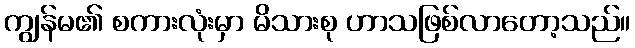
ကျွန်မ၏ စကားလုံးမှာ မိသားစု ဟာသဖြစ်လာတော့သည်။